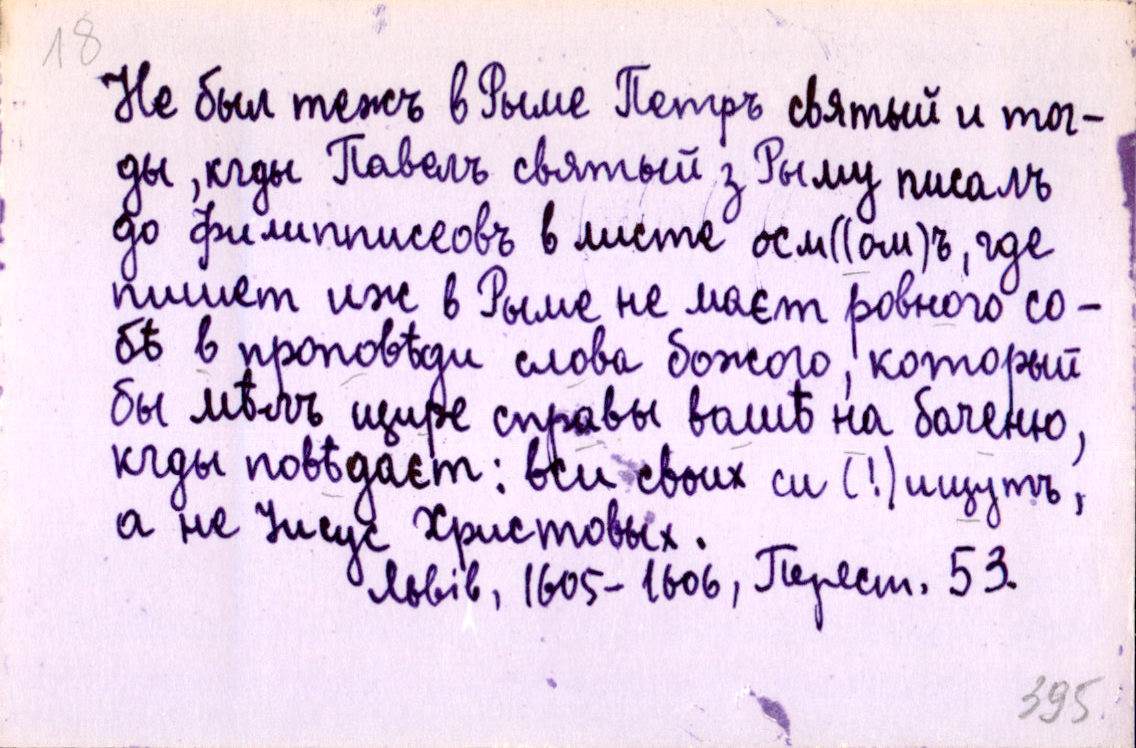
Не былъ тежъ в Рыме Петръ святый и тог-
ды, кгды Павелъ святый з Рыму писалъ
до филипписеовъ в листе осм((ом)ъ, где
пишет иж в Рыме не маєт ровного со-
бѣ в проповѣди слова божого, который
бы мѣлъ щире справы вашѣ на баченю,
кгды повѣдаєт: вси своих си (!) ищутъ,
а не Іисус Христовых.
Львів, 1605-1606, Перест. 53.